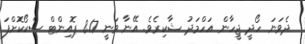
ދެވަނަ ހޯދީ ޖީހާން އަހްމަދު ޝާކިރެވެ. އޭނާ ވަނީ 8.17 ޕޮއިންޓް ސްކޯކޮށްފަ